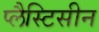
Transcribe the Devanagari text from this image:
प्लैस्टिसीन